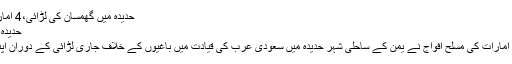
حدیدہ میں گھمسان کی لڑائی،4 اماراتی فوجی ہلاک | Jasarat News Urdu
حدیدہ میں گھمسان کی لڑائی،4 اماراتی فوجی ہلاک
ابوظبی/ صنعا (انٹرنیشنل ڈیسک) متحدہ عرب امارات کی مسلح افواج نے یمن کے ساحلی شہر حدیدہ میں سعودی عرب کی قیادت میں باغیوں کے خلاف جاری لڑائی کے دوران اپنے 4 فوجی مارے جانے کی تصدیق کی ہے۔